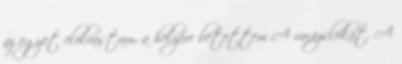
az egyet elolvastam, a helyére betettem A varázslókat. A